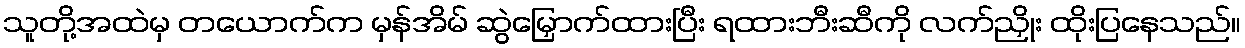
သူတို့အထဲမှ တယောက်က မှန်အိမ် ဆွဲမြှောက်ထားပြီး ရထားဘီးဆီကို လက်ညှိုး ထိုးပြနေသည်။